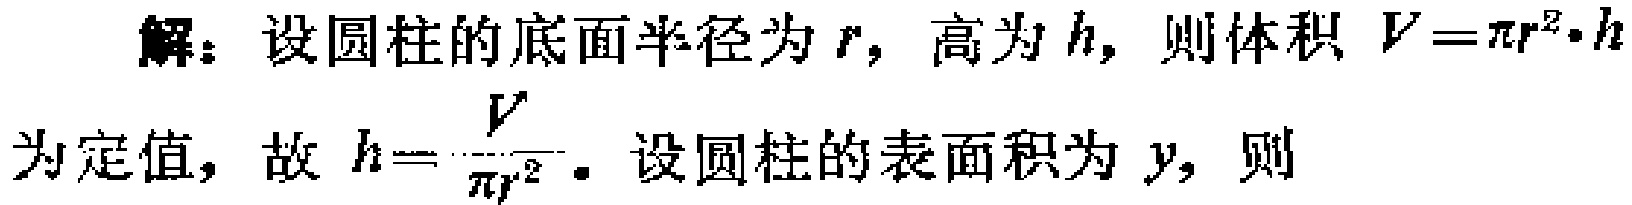
解：设圆柱的底面半径为\(r\)，高为\(h\)，则体积\(V = \pi r^{2}\cdot h\)为定值，故\(h = \frac{V}{\pi r^{2}}\)。设圆柱的表面积为\(y\)，则